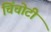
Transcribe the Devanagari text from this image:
चिंचोटी